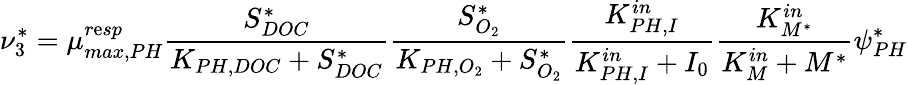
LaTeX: \nu_{3}^{*}=\mu_{max,PH}^{r\mathrm{e}sp}\frac{{S_{DOC}^{*}}}{{K_{PH,DOC}+S_{DOC}^{*}}}\frac{{S_{O_{2}}^{*}}}{{K_{PH,O_{2}}+S_{O_{2}}^{*}}}\frac{{K_{PH,I}^{in}}}{{K_{PH,I}^{in}+I_{0}}}\frac{{K_{M^{*}}^{in}}}{{K_{M}^{in}+M^{*}}}\psi_{PH}^{*}